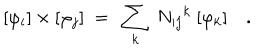
[ \varphi _ { i } ] \times [ \varphi _ { j } ] \ = \ \sum _ { k } \ { N _ { i j } } ^ { k } \ [ \varphi _ { k } ] \quad .